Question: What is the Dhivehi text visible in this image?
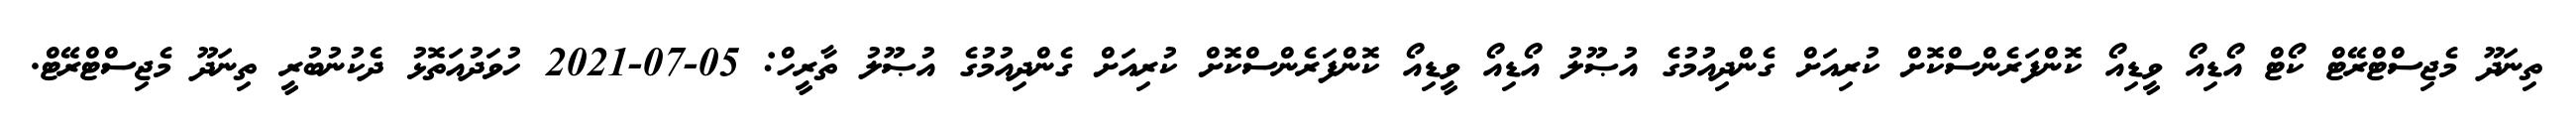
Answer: ތިނަދޫ މެޖިސްޓްރޭޓް ކޯޓް އޯޑިއޯ ވީޑިއޯ ކޮންފަރެންސްކޮށް ކުރިއަށް ގެންދިއުމުގެ އުޞޫލު އޯޑިއޯ ވީޑިއޯ ކޮންފަރެންސްކޮށް ކުރިއަށް ގެންދިއުމުގެ އުޞޫލު ތާރީހް: 05-07-2021 ހުވަދުއަތޮޅު ދެކުނުބުރީ ތިނަދޫ މެޖިސްޓްރޭޓް.